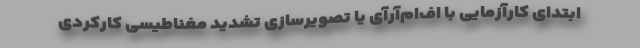
ابتدای کارآزمایی با اف‌ام‌آرآی یا تصویرسازی تشدید مغناطیسی کارکردی